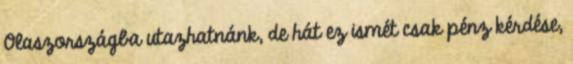
Olaszországba utazhatnánk, de hát ez ismét csak pénz kérdése,